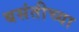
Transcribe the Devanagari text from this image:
बसंतीच्या